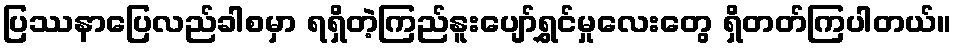
ပြဿနာပြေလည်ခါစမှာ ရရှိတဲ့ကြည်နူးပျော်ရွှင်မှုလေးတွေ ရှိတတ်ကြပါတယ်။